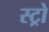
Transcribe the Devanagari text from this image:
स्ट्रो